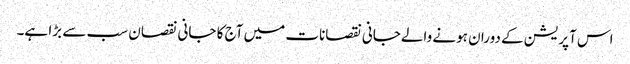
اس آپریشن کے دوران ہونے والےجانی نقصانات میں آج کا جانی نقصان سب سے بڑا ہے۔